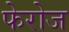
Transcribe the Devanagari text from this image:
फेरोज